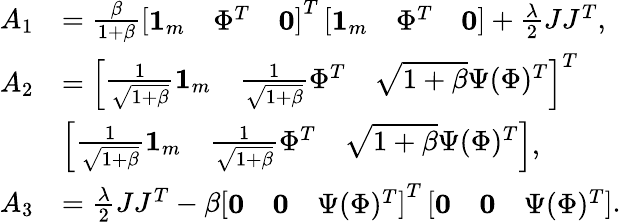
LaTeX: \begin{array}{rl}{A_{1}}&{=\frac{\beta}{1+\beta}\left[\begin{array}{lll}{{\mathbf 1}_{m}}&{\Phi^{T}}&{{\mathbf 0}}\end{array}\right]^{T}\left[\begin{array}{lll}{{\mathbf 1}_{m}}&{\Phi^{T}}&{{\mathbf 0}}\end{array}\right]+\frac{\lambda}{2}JJ^{T},}\\ {A_{2}}&{=\left[\begin{array}{lll}{\frac{1}{\sqrt{1+\beta}}{\mathbf 1}_{m}}&{\frac{1}{\sqrt{1+\beta}}\Phi^{T}}&{\sqrt{1+\beta}\Psi(\Phi)^{T}}\end{array}\right]^{T}}\\ &{\left[\begin{array}{lll}{\frac{1}{\sqrt{1+\beta}}{\mathbf 1}_{m}}&{\frac{1}{\sqrt{1+\beta}}\Phi^{T}}&{\sqrt{1+\beta}\Psi(\Phi)^{T}}\end{array}\right],}\\ {A_{3}}&{=\frac{\lambda}{2}JJ^{T}-\beta\left[\begin{array}{lll}{{\mathbf 0}}&{{\mathbf 0}}&{\Psi(\Phi)^{T}}\end{array}\right]^{T}\left[\begin{array}{lll}{{\mathbf 0}}&{{\mathbf 0}}&{\Psi(\Phi)^{T}}\end{array}\right].}\end{array}